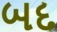
બદ